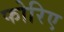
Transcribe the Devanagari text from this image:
फोरिए